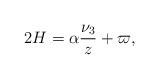
LaTeX: \begin{align*}2H=\alpha\frac{\nu _3}{z}+\varpi,\end{align*}